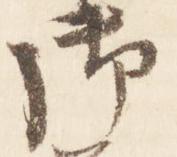
御